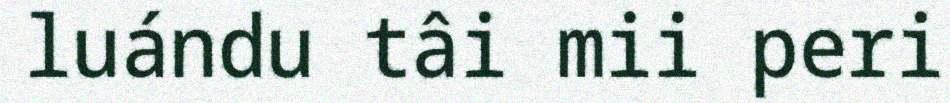
luándu tâi mii peri